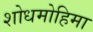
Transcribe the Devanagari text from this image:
शोधमोहिमा